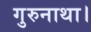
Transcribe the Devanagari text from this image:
गुरुनाथा।